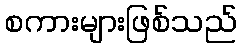
စကားများဖြစ်သည်